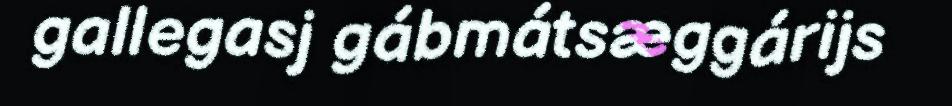
gallegasj gábmátsæggárijs